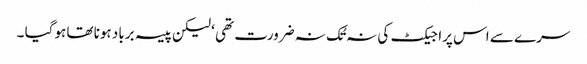
سرے سے اس پراجیکٹ کی نہ تُک نہ ضرورت تھی ‘ لیکن پیسہ برباد ہونا تھا ہوگیا ۔